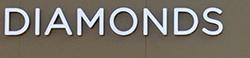
diamonds